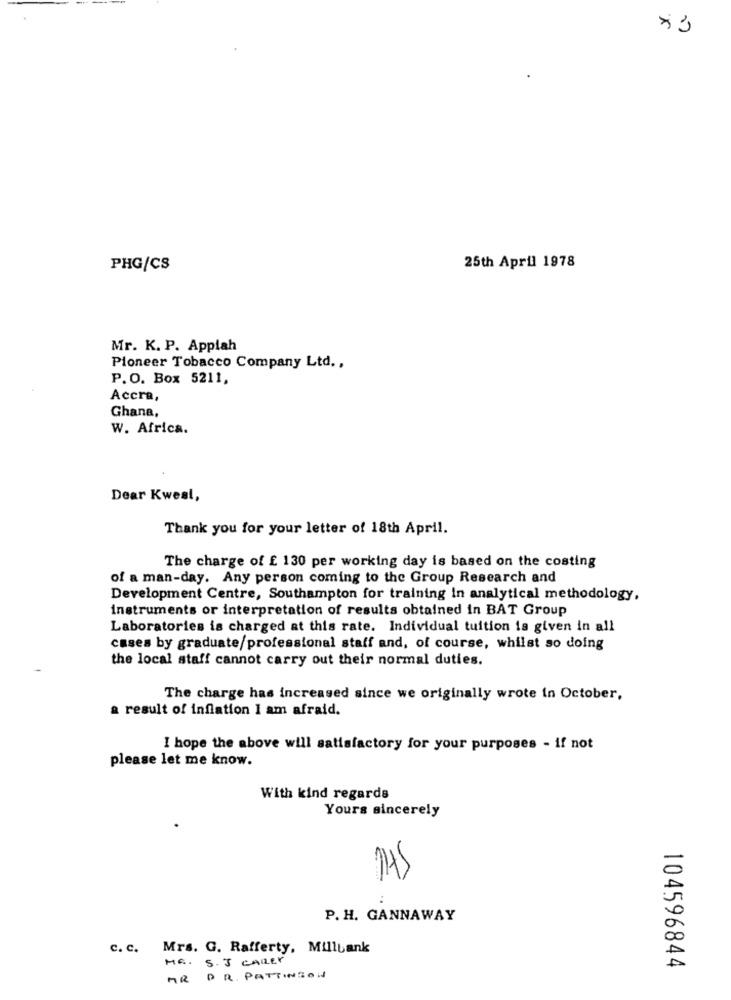
×3
PHG/CS
25th April 1978
Mr. K. P. Appiah
Pioneer Tobacco Company Ltd .,
P.O. Box 5211,
Accra,
Ghana,
W. Africa.
Dear Kwest,
Thank you for your letter of 18th April.
The charge of £ 130 per working day is based on the costing
of a man-day. Any person coming to the Group Research and
Development Centre, Southampton for training in analytical methodology,
instruments or interpretation of results obtained in BAT Group
Laboratories is charged at this rate. Individual tuition is given in all
cases by graduate/professional staff and, of course, whilst so doing
the local staff cannot carry out their normal duties.
The charge has increased since we originally wrote in October,
a result of inflation I am afraid.
I hope the above will satisfactory for your purposes - if not
please let me know.
With kind regards
Yours sincerely
145
..
P. H. GANNAWAY
c. c. Mrs. G. Rafferty, Millbank
ME.
S.J CAREY
104596844
AR DR. PATTINSON